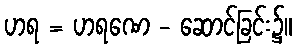
ဟရ = ဟရဏေ - ဆောင်ခြင်း၌။